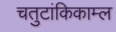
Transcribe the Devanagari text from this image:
चतुटांकिकाम्ल